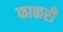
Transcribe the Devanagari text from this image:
फाकरी